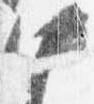
中